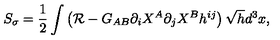
S _ { \sigma } = \frac { 1 } { 2 } \int \left( { \cal R } - G _ { A B } \partial _ { i } X ^ { A } \partial _ { j } X ^ { B } h ^ { i j } \right) \sqrt { h } d ^ { 3 } x ,